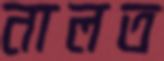
নালত